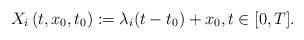
LaTeX: \begin{align*}X_i\left(t, x_{0}, t_{0}\right) := \lambda_i(t-t_{0})+x_{0}, t \in[0, T].\end{align*}